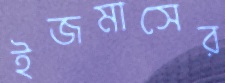
ইজমাসের